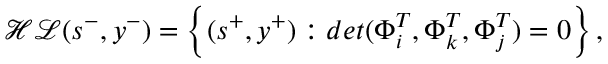
\mathcal { H L } ( s ^ { - } , y ^ { - } ) = \left\{ ( s ^ { + } , y ^ { + } ) : d e t ( \Phi _ { i } ^ { T } , \Phi _ { k } ^ { T } , \Phi _ { j } ^ { T } ) = 0 \right\} ,